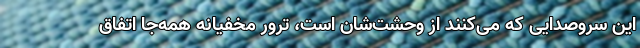
این سروصدایی که می‌کنند از وحشت‌شان است، ترور مخفیانه همه‌جا اتفاق